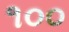
૧૦૦